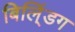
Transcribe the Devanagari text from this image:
बिलि्ंडग